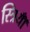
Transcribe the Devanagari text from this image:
स्त्रियॉँ